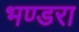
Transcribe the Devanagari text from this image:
भण्डरा